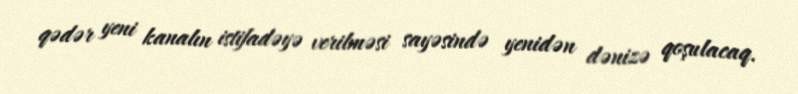
qədər yeni kanalın istifadəyə verilməsi sayəsində yenidən dənizə qoşulacaq.